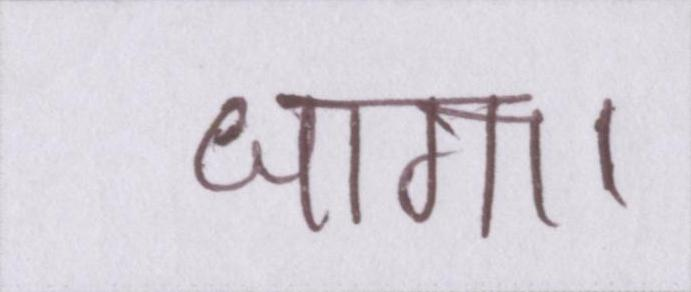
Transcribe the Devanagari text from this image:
धागा।